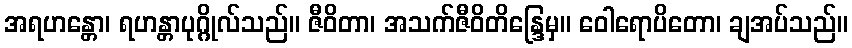
အရဟန္တော၊ ရဟန္တာပုဂ္ဂိုလ်သည်။ ဇီဝိတာ၊ အသက်ဇီဝိတိန္ဒြေမှ။ ဝေါရောပိတော၊ ချအပ်သည်။